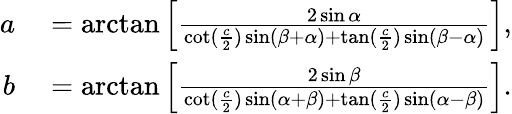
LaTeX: \begin{array}{rl}{a}&{{}=\arctan\left[{\frac{2\sin\alpha}{\cot({\frac{c}{2}})\sin(\beta+\alpha)+\tan({\frac{c}{2}})\sin(\beta-\alpha)}}\right],}\\ {b}&{{}=\arctan\left[{\frac{2\sin\beta}{\cot({\frac{c}{2}})\sin(\alpha+\beta)+\tan({\frac{c}{2}})\sin(\alpha-\beta)}}\right].}\end{array}